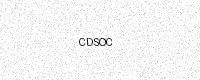
Text: CDSOC